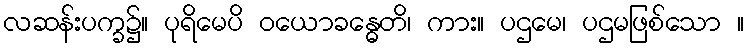
လဆန်းပက္ခ၌။ ပုရိမေပိ ဝယောခန္ဓေတိ၊ ကား။ ပဌမေ၊ ပဌမဖြစ်သော ။